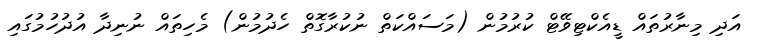
އަދި މިނާރުތައް ޑީއެކްޓިވޭޓް ކުރުމުން (މަސައްކަތް ނުކުރާގޮތް ހެދުމުން) މެހިތައް ނުނިދާ އުދުހުމުގައި